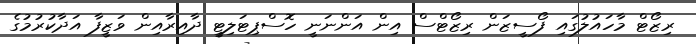
ރިޒޯޓް މާހައުލުގައި ފޯސީޒަން ރިޒޯޓްސް އިން އަންނަނީ ހޮސްޕިޓަލިޓީ ދާއިރާއިން ވަޒީފާ އަދާކުރުމުގެ